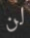
لن